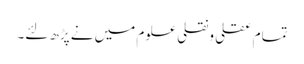
تمام عقلی ونقلی علوم میں نے پڑھ لئے۔